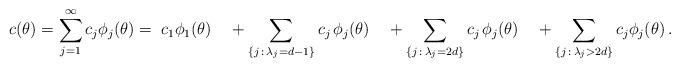
LaTeX: \begin{align*}c(\theta)=\sum_{j=1}^\infty c_j \phi_j(\theta)=\; c_1\phi_1(\theta)\quad+\sum_{\{j\,:\,\lambda_j=d-1\}} c_j\,\phi_j(\theta)\quad+\sum_{\{j\,:\,\lambda_j=2d\}} c_j\,\phi_j(\theta)\quad+\sum_{\{j\,:\, \lambda_j>2d\}} c_j \phi_j(\theta)\,.\end{align*}